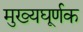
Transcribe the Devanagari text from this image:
मुख्यघूर्णक